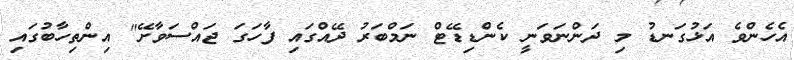
އެހެންވެ އަޅުގަނޑު މި ދަންނަވަނީ ކެންޑިޑޭޓް ނަމްބަރު ދޭއްގައި ފާހަގަ ޖައްސަވާށޭ" އިންތިހާބުގައި